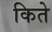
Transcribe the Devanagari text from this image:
किते